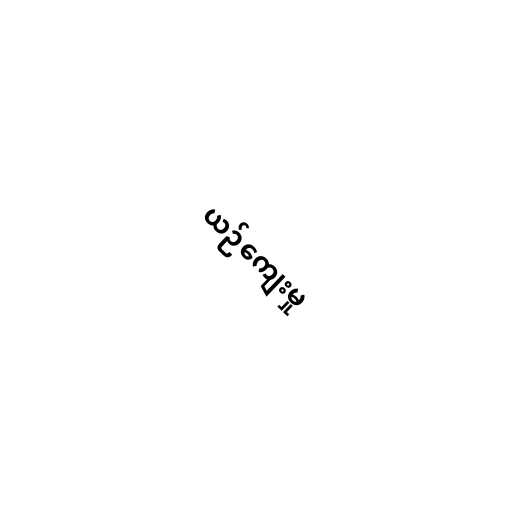
ယဉ်ကျေးမှု